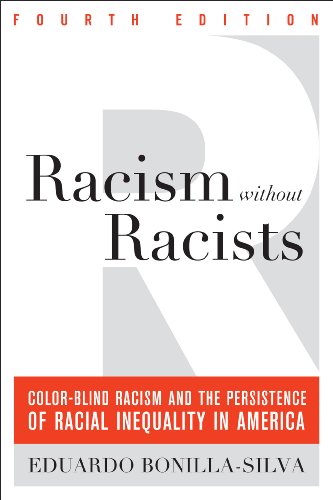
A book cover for Racism without Racists: Color-Blind Racism and the Persistence of Racial Inequality in America; Eduardo Bonilla-Silva; History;